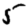
Digit: 5